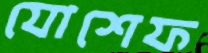
যোশেফ